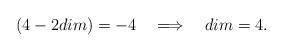
LaTeX: \begin{align*}(4 -2 dim) = -4 \quad \Longrightarrow \quad dim = 4.\end{align*}